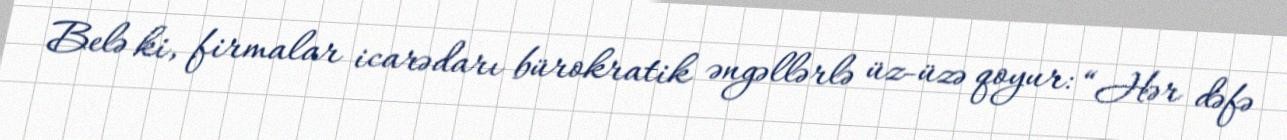
Belə ki, firmalar icarədarı bürokratik əngəllərlə üz-üzə qoyur: “Hər dəfə